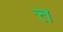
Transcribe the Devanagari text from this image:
त्त